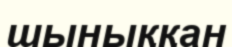
шыныққан